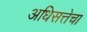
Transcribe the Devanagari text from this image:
अधिसत्तेचा